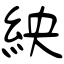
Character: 紻